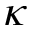
\kappa